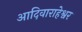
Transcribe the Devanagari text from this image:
आदिवाराहेश्वर